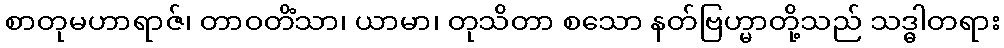
စာတုမဟာရာဇ်၊ တာဝတိံသာ၊ ယာမာ၊ တုသိတာ စသော နတ်ဗြဟ္မာတို့သည် သဒ္ဓါတရား